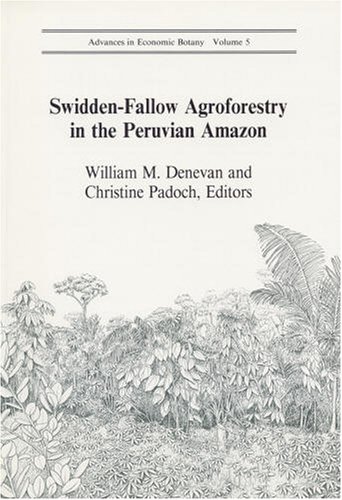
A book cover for Swidden-Fallow Agroforestry in the Peruvian Amazon (Advances in Economic Botany Vol. 5); Christine Padoch; Science & Math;